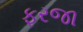
ફરજા